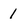
Character: 1